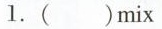
1.()mix